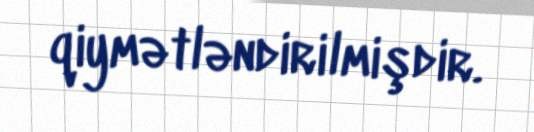
qiymətləndirilmişdir.